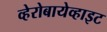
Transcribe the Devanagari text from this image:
व्हेरोबायेव्हाइट